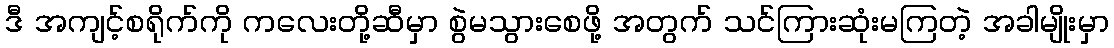
ဒီ အကျင့်စရိုက်ကို ကလေးတို့ဆီမှာ စွဲမသွားစေဖို့ အတွက် သင်ကြားဆုံးမကြတဲ့ အခါမျိုးမှာ